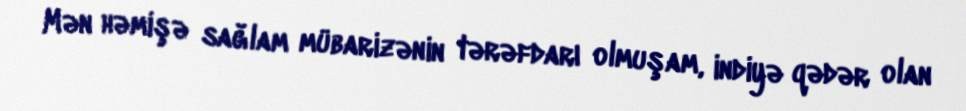
Mən həmişə sağlam mübarizənin tərəfdarı olmuşam, indiyə qədər olan